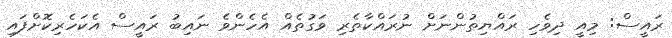
ރައީސް: މިއީ ދިވެހި ރައްޔިތުންނަށް ނުރައްކާތެރި ވަގުތެއް އެހެންވެ ނައިބު ރައީސް އެކަހެރިކޮށްފައި